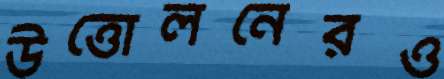
উত্তোলনেরও